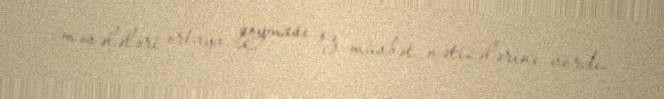
məsələləri ortaya qoyması öz müsbət nəticələrini verdi.